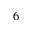
^ 6